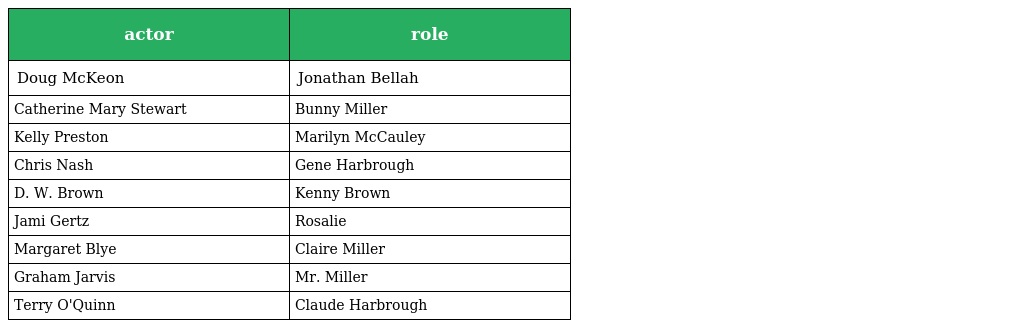
| actor | role |
 | --- | --- |
 | Doug McKeon | Jonathan Bellah |
 | Catherine Mary Stewart | Bunny Miller |
 | Kelly Preston | Marilyn McCauley |
 | Chris Nash | Gene Harbrough |
 | D. W. Brown | Kenny Brown |
 | Jami Gertz | Rosalie |
 | Margaret Blye | Claire Miller |
 | Graham Jarvis | Mr. Miller |
 | Terry O'Quinn | Claude Harbrough |